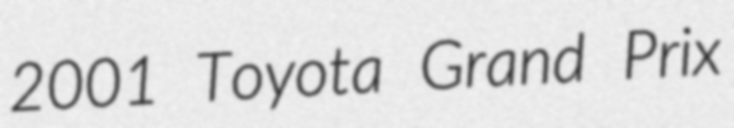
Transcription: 2001 Toyota Grand Prix